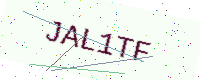
Text: JAL1TF